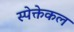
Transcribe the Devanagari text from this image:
स्पेक्तेकल